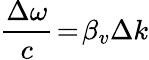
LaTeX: \frac{\Delta\omega}{c}\! =\! \beta_{v}\Delta k